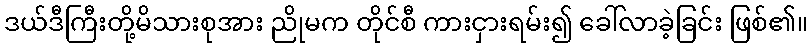
ဒယ်ဒီကြီးတို့မိသားစုအား ညိုမက တိုင်စီ ကားငှားရမ်း၍ ခေါ်လာခဲ့ခြင်း ဖြစ်၏။